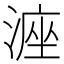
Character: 𪶶